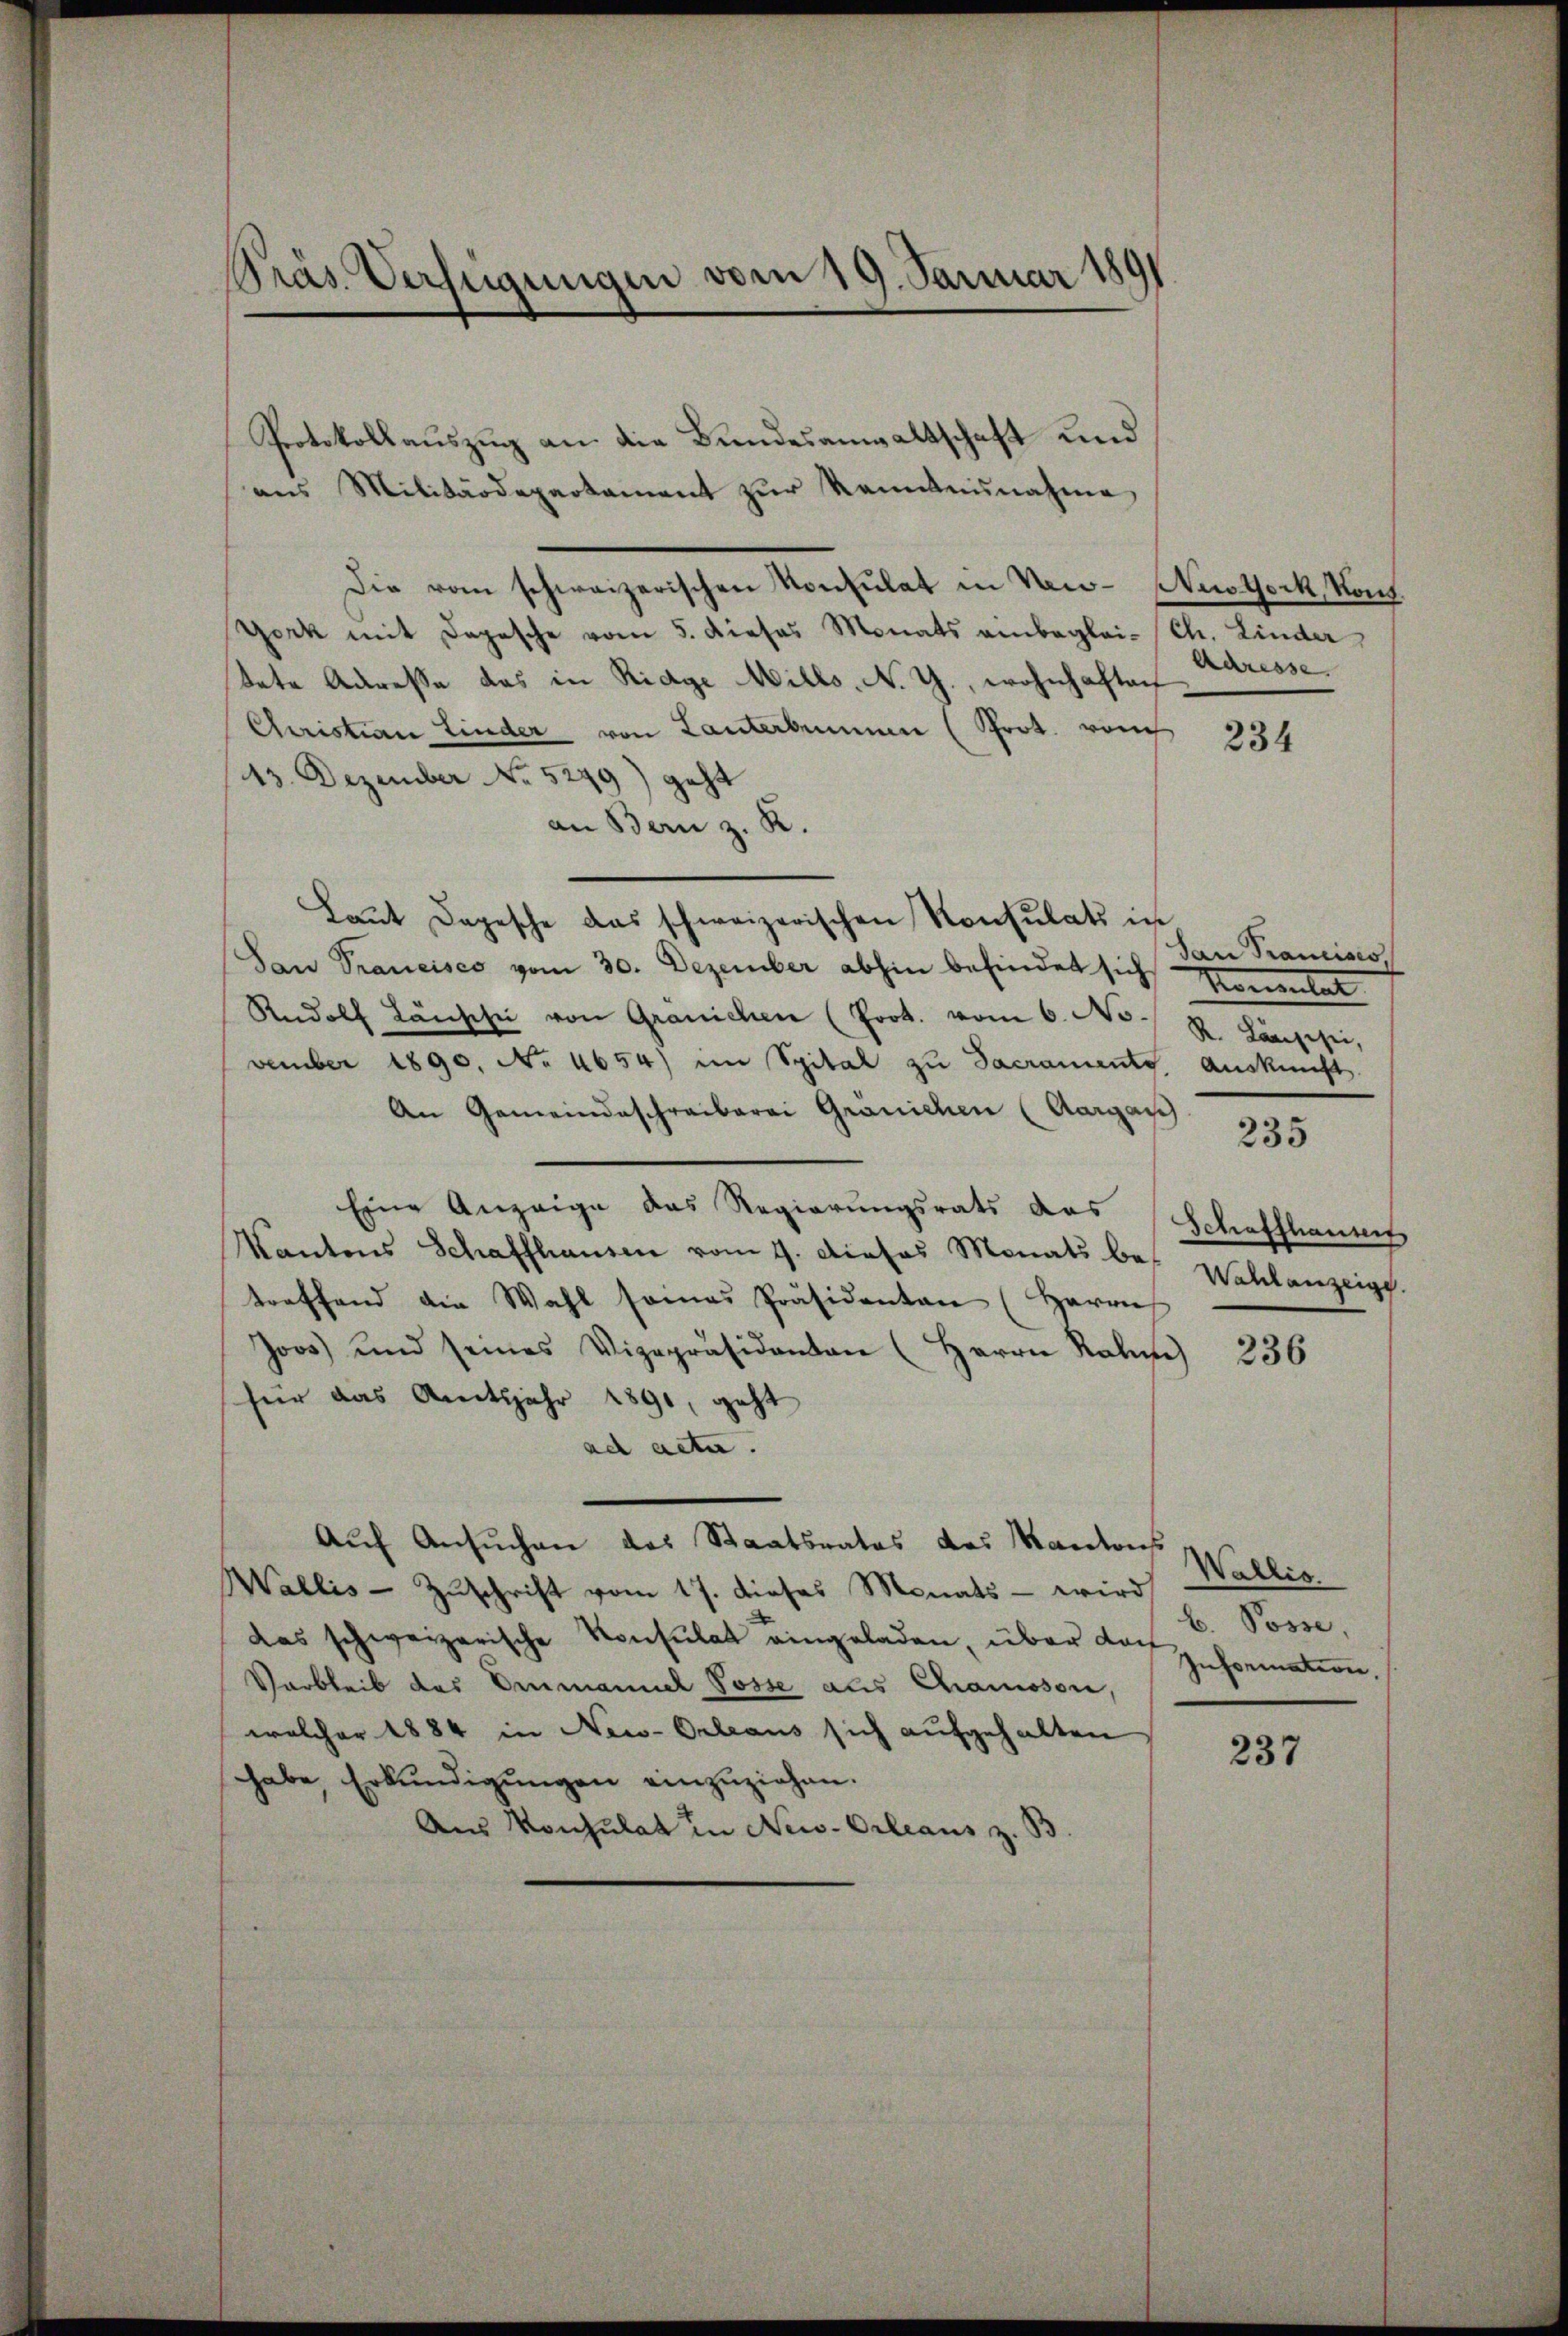
Protokollauszug an die Bundesanwaltschaft und
ans Militärdepartament zŭr Kenntnisnahme
Die vom schweizerischen Konsulat in New- Nestock, Kont
York mit Depesche vom 5. dieses Monats anbeglei- (Ch. Linder
tete Adresse das in Riage Mills, N. G., wohnhaften
Christian Linder von Lanterbummen (Prot. vom
13. Dezember No 5249) geht
an Bern z. R.
Laŭt Depesche das schweizerischen Konsulats in
San Prancisco vom 30. Dezember abhin befindet sich Konsulat
Rudolf Lansche von Granichen (Prot. vom 6. No. 2. Kanzesei
vember 1890. No 4654) im Spital zu Sacraments Auskunft
An Gemeindeschreiberei Gränichen (Aargau
Eine Anzeige das Regierungsrats das Schaffhauses
Kantons Schaffhausen vom 9. dieses Monats betreffend die Wahl samas Präsidenten (Herrn
Joo) und seines Vizepräsidenten (Herrn Rahn 236
für das Amtsjahr 1890, geht
ad acta.
Auf Ansuchen des Staatsrates des Kantons
Wallis - Zuschrift vom 17. dieses Monats - wird
das schweizerische Konsulat eingeladen, über der zuformation.
Varbleib des Ammannel Posse als Chamosen,
welcher 1884 in New-Orleaus sich aufgehalten
habe Erkundigŭngen einzuziehen.
Aus Konsulat in New-Orleaus z. B

Präs. Verfügungen vom 19. Januar 1891

Adresse

234

dan Prancisco,

235

Wahlanzeige.

Wallis.
b. Posse,

237